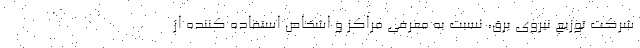
شرکت توزیع نیروی برق، نسبت به معرفی مراکز و اشخاص استفاده کننده از